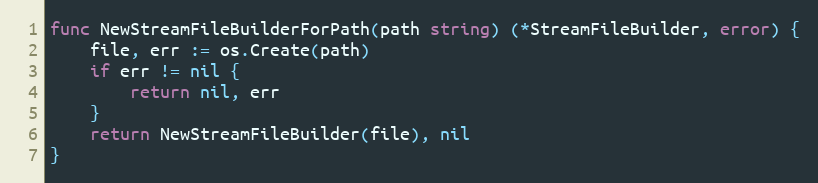
Language: Go
func NewStreamFileBuilderForPath(path string) (*StreamFileBuilder, error) {
	file, err := os.Create(path)
	if err != nil {
		return nil, err
	}
	return NewStreamFileBuilder(file), nil
}